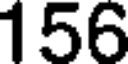
156